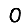
Digit: 0